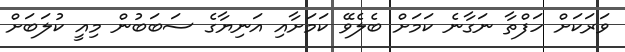
ވަރަކަށް ހަފްތާ ނަގާނެ ކަމަށް ބެލެވޭ ކަމަށާއި އަނިޔާގެ ސަބަބުން މިއީ ކުލަބަށް